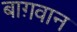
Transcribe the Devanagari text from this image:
बाग़वान